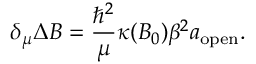
\delta _ { \mu } \Delta B = \frac { \hbar ^ { 2 } } { \mu } \kappa ( B _ { 0 } ) \beta ^ { 2 } a _ { \mathrm { o p e n } } .